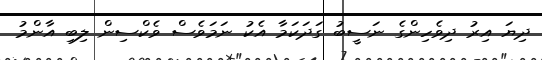
ދިޔަ އިރު ދިވެހިންގެ ނަސީބު ގަދަކަމާ އެކު ނަމަވެސް ވެކްސިން ލިބި އާންމު